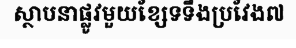
ស្ថាបនាផ្លូវមួយខ្សែទទឹងប្រវែង៧